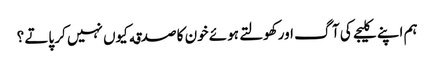
ہم اپنے کلیجے کی آگ اور کھولتے ہوئے خون کا صدقه کیوں نہیں کر پاتے ؟